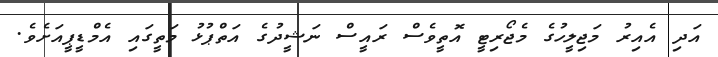
އަދި އެއިރު މަޖިލީހުގެ މެޖޯރިޓީ އޮތީވެސް ރައީސް ނަޝީދުގެ އަތްޕުޅު މަތީގައި އެމްޑީޕީއަށެވެ.